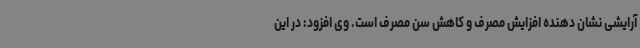
آرایشی نشان دهنده افزایش مصرف و کاهش سن مصرف است. وی افزود: در این